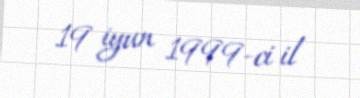
19 iyun 1999-ci il